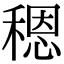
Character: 䅰